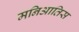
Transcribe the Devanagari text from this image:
मनिआतिस